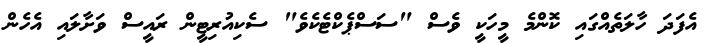
އެފަދަ ހާލަތެއްގައި ކޮންމެ މީހަކީ ވެސް "ސަސްޕެކްޓެކެވެ" ސެކިއުރިޓީން ރައީސް ވަށާލައި އެހެން